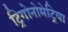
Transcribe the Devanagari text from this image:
ट्रिगोनोमेट्रिया